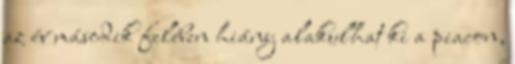
az év második felében hiány alakulhat ki a piacon,